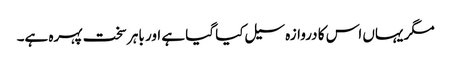
مگر یہاں اس کا دروازہ سیل کیا گیا ہے اور باہر سخت پہرہ ہے۔